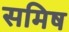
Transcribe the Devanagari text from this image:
समिष